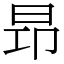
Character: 昻